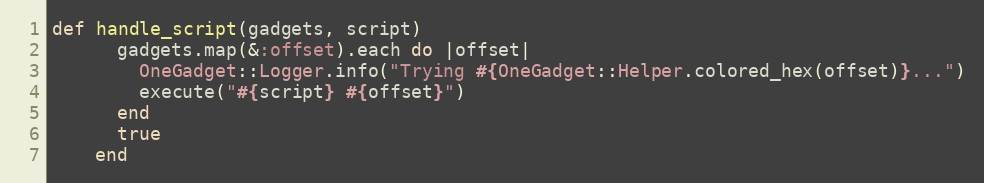
Language: Ruby
def handle_script(gadgets, script)
      gadgets.map(&:offset).each do |offset|
        OneGadget::Logger.info("Trying #{OneGadget::Helper.colored_hex(offset)}...")
        execute("#{script} #{offset}")
      end
      true
    end